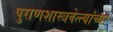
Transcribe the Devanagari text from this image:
पुराणशास्त्रवेत्त्यांच्या